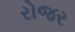
રોજર